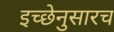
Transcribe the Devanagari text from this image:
इच्छेनुसारच